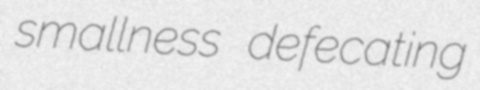
smallness defecating